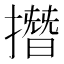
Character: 撍